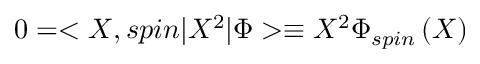
0 = < X , s p i n | X ^ { 2 } | \Phi > \equiv X ^ { 2 } \Phi _ { s p i n } \left( X \right)